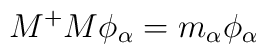
M^+M \phi_{\alpha}=m_{\alpha} \phi_{\alpha}